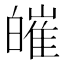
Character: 皠